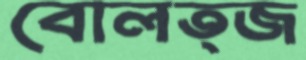
বোলত্জ